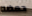
حمضه